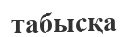
табысқа